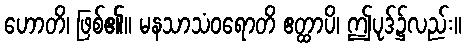
ဟောတိ၊ ဖြစ်၏။ မနသာသံဝရောတိ ဧတ္ထာပိ၊ ဤပုဒ်၌လည်း။